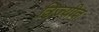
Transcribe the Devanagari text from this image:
त्रिज्यीत